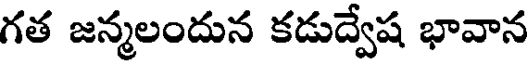
గత జన్మలందున కడుద్వేష భావాన